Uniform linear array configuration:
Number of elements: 48
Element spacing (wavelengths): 0.25
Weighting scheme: exponential
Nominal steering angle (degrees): -45
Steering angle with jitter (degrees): -45.62
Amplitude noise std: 0.05
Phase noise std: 0.05

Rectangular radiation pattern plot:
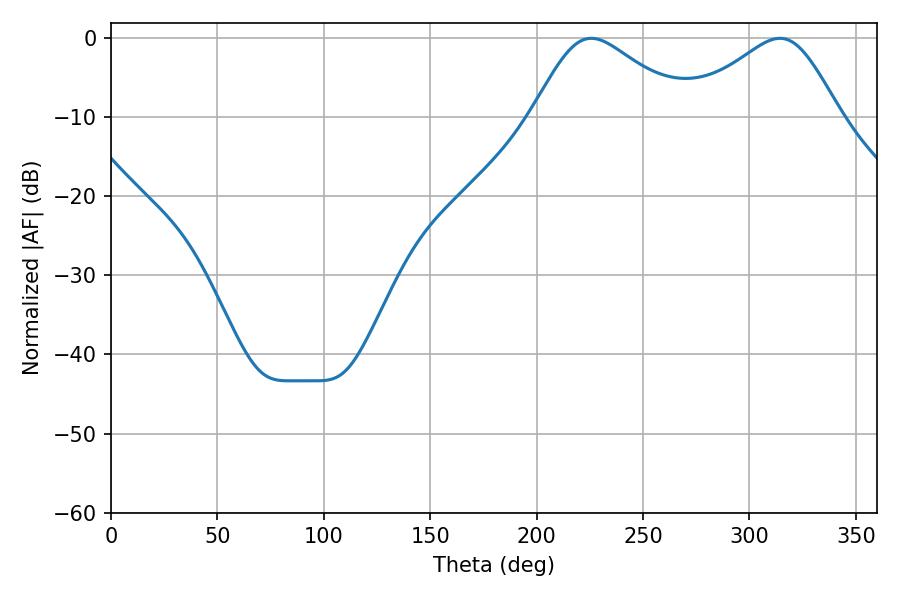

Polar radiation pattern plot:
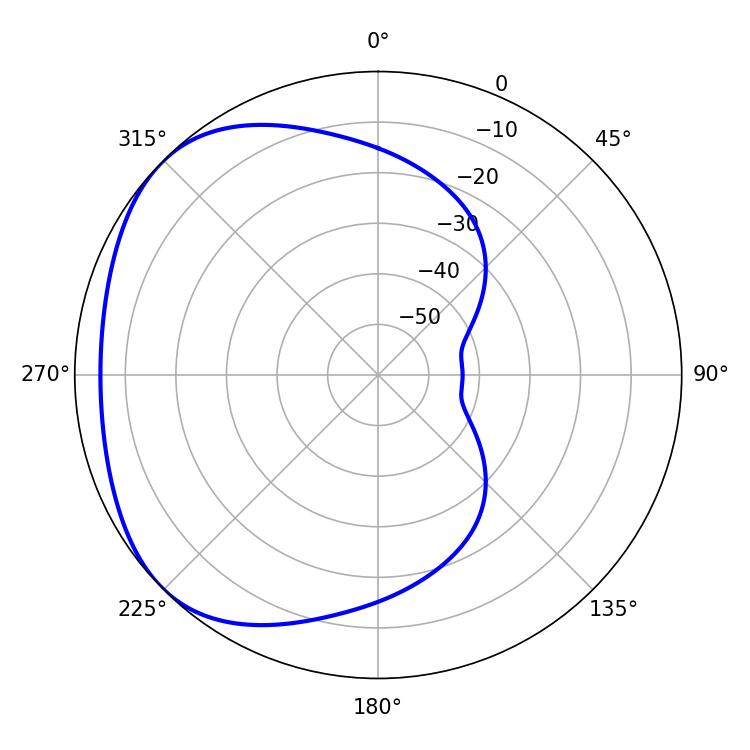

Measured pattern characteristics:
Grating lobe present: FALSE
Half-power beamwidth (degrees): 36
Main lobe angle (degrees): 225.72